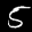
Label: 5